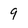
Character: 9